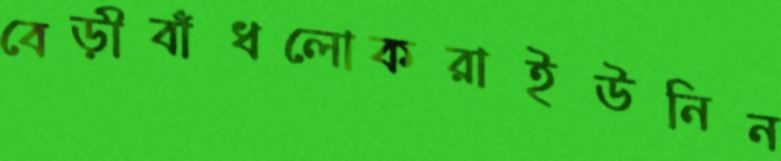
বেড়ীবাঁধলোকরাইউনিন